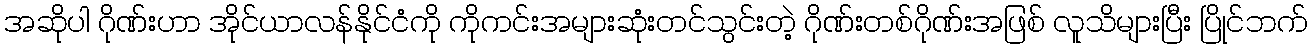
အဆိုပါ ဂိုဏ်းဟာ အိုင်ယာလန်နိုင်ငံကို ကိုကင်းအများဆုံးတင်သွင်းတဲ့ ဂိုဏ်းတစ်ဂိုဏ်းအဖြစ် လူသိများပြီး ပြိုင်ဘက်